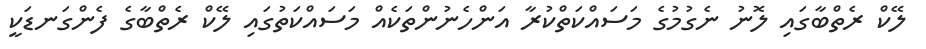
ލޭކް ރެތްބާގައި ލޮނު ނެގުމުގެ މަސައްކަތްކުރާ އަންހެނުންތަކެއް މަސައްކަތުގައި ލޭކް ރެތްބާގެ ފެންގަނޑަކީ